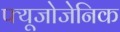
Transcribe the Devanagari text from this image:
फ्यूजोजेनिक